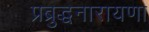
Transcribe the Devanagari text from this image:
प्रब्रुद्धनारायणा